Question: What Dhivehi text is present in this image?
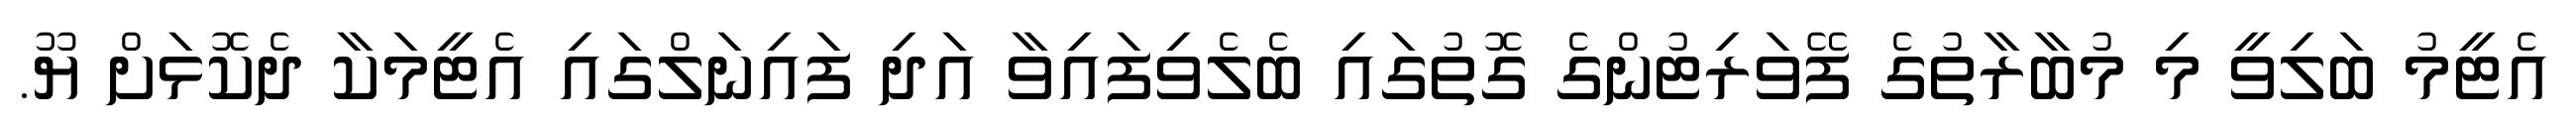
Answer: އެޓީމު ބަލިވީ މި މުބާރާތުގެ ފޭވަރިޓުންގެ ގޮތުގައި ބެލެވިފައިވާ އަދި ފައިނަލްގައި އެޓީމަކާ ދެކޮޅަށް ޔޫ.